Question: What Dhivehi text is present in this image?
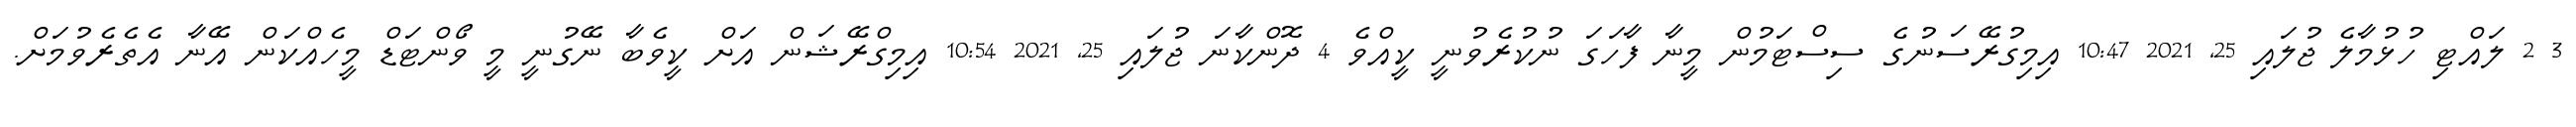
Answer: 3 2 ލައްޓި ހުޅުމާލެ ޖުލައި 25, 2021 10:47 އިމިގުރޭސަނުގެ ސިސްޓަމުން މީނާ ފާހަގަ ނުކުރެވުނީ ކީއްވެ 4 ދޮންކާނަ ޖުލައި 25, 2021 10:54 އިމިގްރޭޝަން އަށް ކީވެބާ ނޭގުނީ މީ ވޯންޓަޑް މީހެއްކަން އޭނާ އެތެރެވުމަށް.